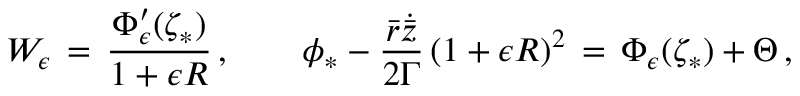
W _ { \epsilon } \, = \, \frac { \Phi _ { \epsilon } ^ { \prime } ( \zeta _ { * } ) } { 1 + \epsilon R } \, , \qquad \phi _ { * } - \frac { \bar { r } \dot { \bar { z } } } { 2 \Gamma } \, ( 1 + \epsilon R ) ^ { 2 } \, = \, \Phi _ { \epsilon } ( \zeta _ { * } ) + \Theta \, ,